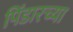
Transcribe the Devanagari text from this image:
पिंडारच्या